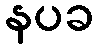
နပခ